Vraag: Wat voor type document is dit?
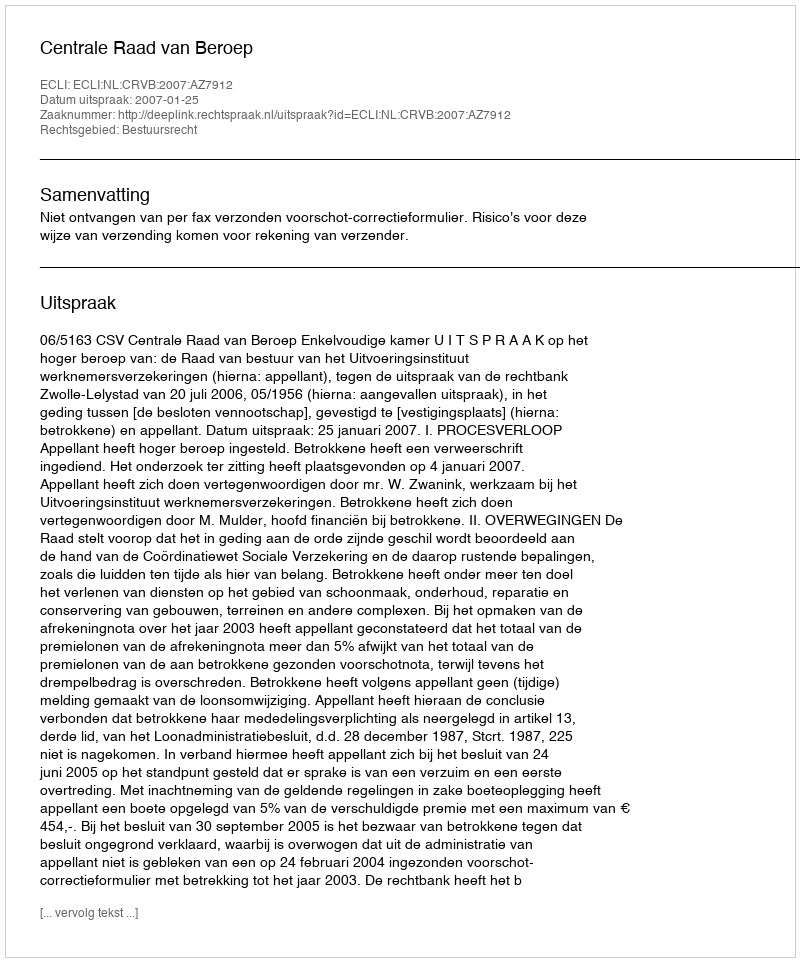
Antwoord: Uitspraak